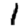
Digit: 1